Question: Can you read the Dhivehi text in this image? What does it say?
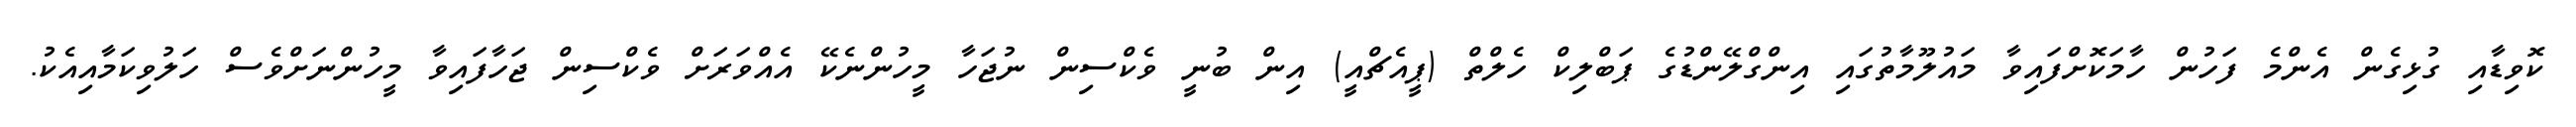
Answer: ކޮވިޑާއި ގުޅިގެން އެންމެ ފަހުން ހާމަކޮށްފައިވާ މައުލޫމާތުގައި އިންގްލޭންޑުގެ ޕަބްލިކް ހެލްތް (ޕީއެޗްއީ) އިން ބުނީ ވެކްސިން ނުޖަހާ މީހުންނެކޭ އެއްވަރަށް ވެކްސިން ޖަހާފައިވާ މީހުންނަށްވެސް ހަލުވިކަމާއިއެކު.